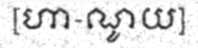
[ហា-ណូយ]